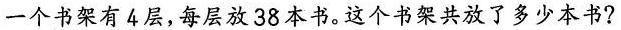
一个书架有4层，每层放38本书。这个书架共放了多少本书?